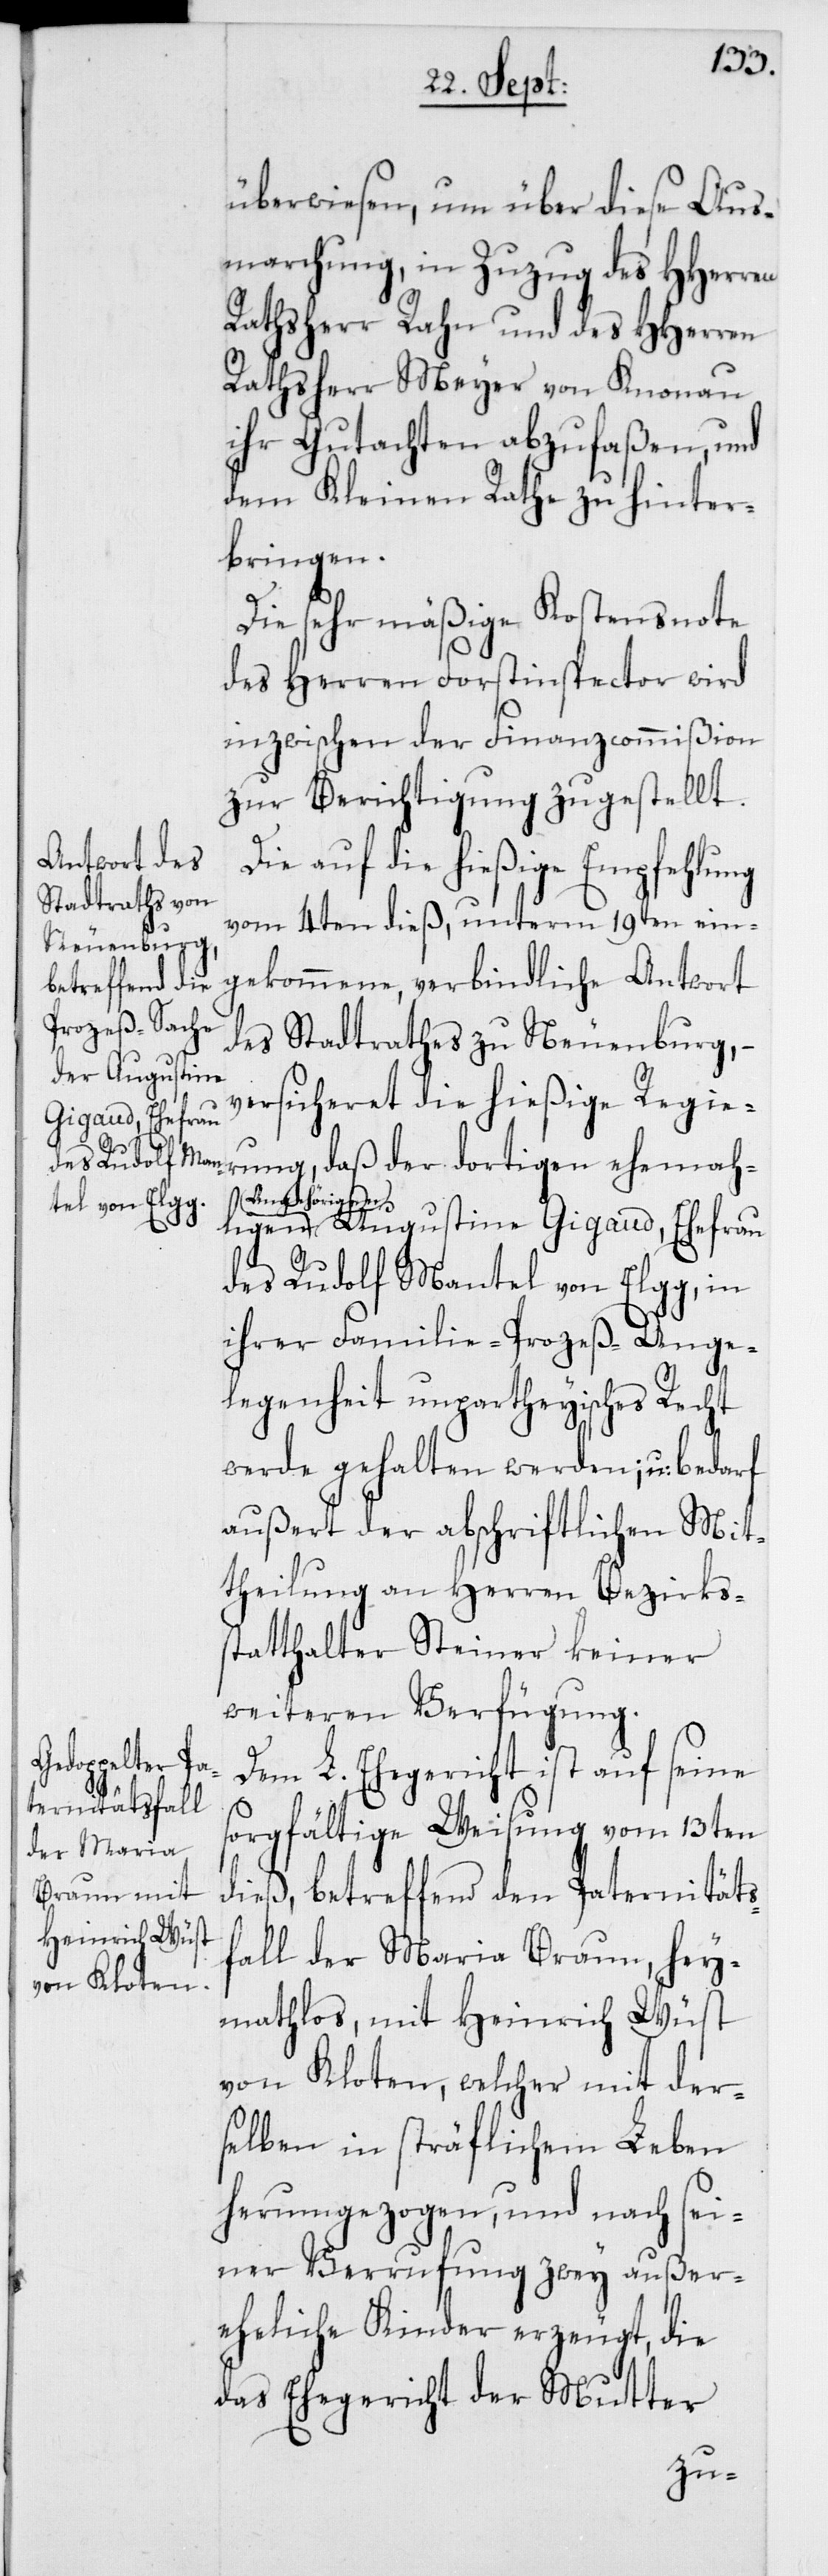
überwiesen, um über diese Aus¬
marchung, in Zuzug des HHerren
Rathsherr Rahn und des HHerren
Rathsherr Meyer von Knonau
ihr Gutachten abzufaßen, und
dem Kleinen Rathe zu hinter¬
bringen.
Die sehr mäßige Kostensnote
des Herren Forstinspector wird
inzwischen der Finanzcommißion
zur Berichtigung zugestellt.
Die auf die hießige Empfehlung
vom 4ten dieß, unterm 19ten ein¬
gekommene, verbindliche Antwort
des Stadtrathes zu Neuenburg, –
versicheret die hießige Regie¬
rung,
Angehörige¬
n Augustine Gigaud, Ehefrau
des Rudolf Mantel von Elgg, in
ihrer Familie-Prozeß-Ange¬
legenheit unpartheyisches Recht
werde gehalten werden; u: bedarf
außert der abschriftlichen Mit¬
theilung an Herren Bezirkss¬
tatthalter Steiner keiner
weiteren Verfügung.
Dem L. Ehegericht ist auf seine
sorgfältige Weisung vom 13ten
dieß, betreffend den Paternitäts¬
fall der Maria Braun, hey¬
mathlos, mit Heinrich Wüst
von Kloten, welcher mit der¬
selben in sträflichem Leben
herumgezogen, und nach sei¬
ner Verrufung zwey außer¬
eheliche Kinder erzeugt, die
das Ehegericht der Mutter